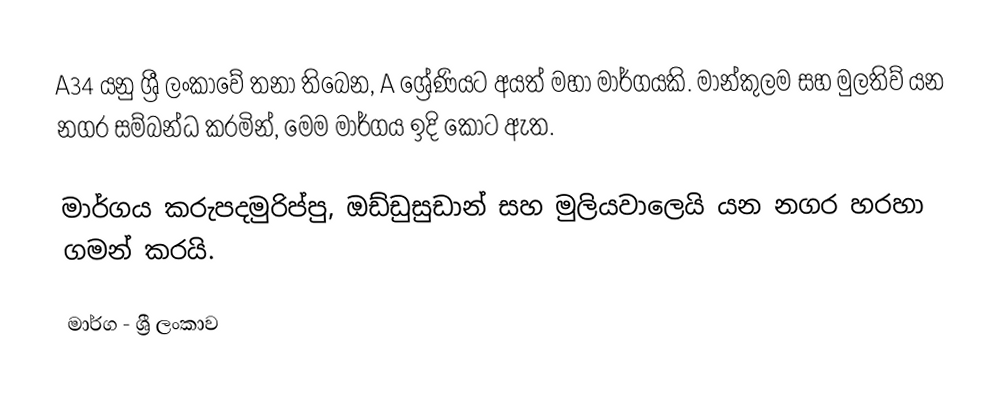
A34 යනු ශ්‍රී ලංකාවේ තනා තිබෙන, A ශ්‍රේණියට අයත් මහා මාර්ගයකි. මාන්කුලම සහ මුලතිව් යන නගර සම්බන්ධ කරමින්, මෙම මාර්ගය ඉදි කොට ඇත.

මාර්ගය කරුපදමුරිප්පු, ඔඩ්ඩුසුඩාන් සහ මුලියවාලෙයි යන නගර හරහා ගමන් කරයි.

මාර්ග - ශ්‍රී ලංකාව